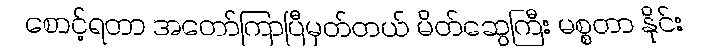
စောင့်ရတာ အတော်ကြာပြီမှတ်တယ် မိတ်ဆွေကြီး မစ္စတာ နိုင်း